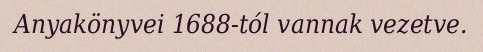
Anyakönyvei 1688-tól vannak vezetve.